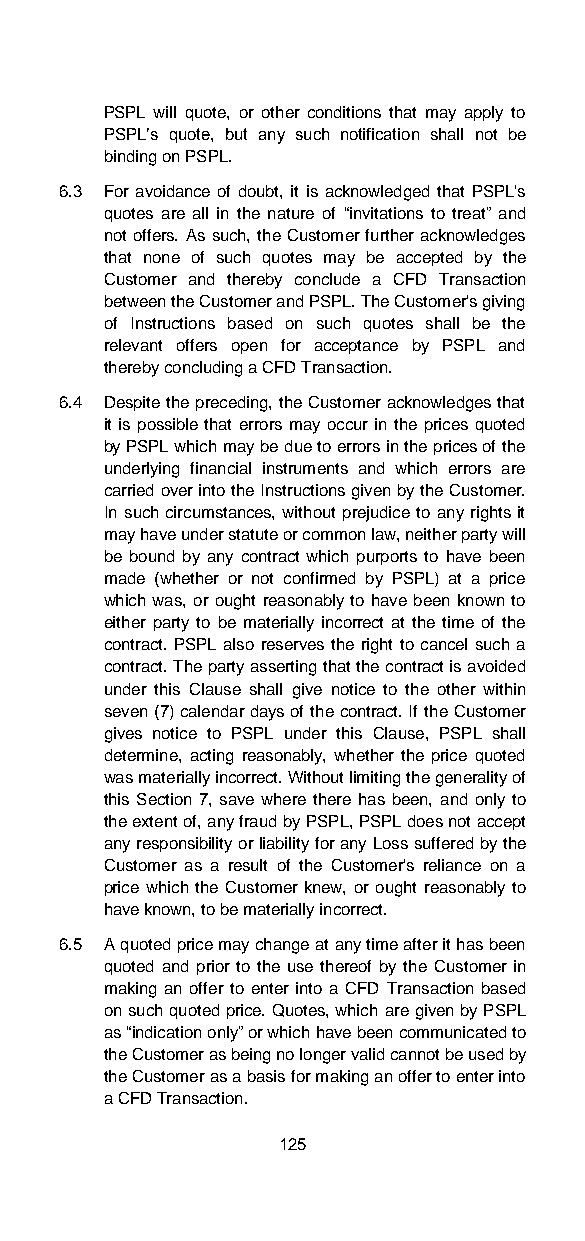
PSPL will quote, or other conditions that may apply to
 PSPL’s quote, but any such notification shall not be
 binding on PSPL.
 6.3 For avoidance of doubt, it is acknowledged that PSPL's
 quotes are all in the nature of “invitations to treat” and
 not offers. As such, the Customer further acknowledges
 that none of such quotes may be accepted by the
 Customer and thereby conclude a CFD Transaction
 between the Customer and PSPL. The Customer's giving
 of Instructions based on such quotes shall be the
 relevant offers open for acceptance by PSPL and
 thereby concluding a CFD Transaction.
 6.4 Despite the preceding, the Customer acknowledges that
 it is possible that errors may occur in the prices quoted
 by PSPL which may be due to errors in the prices of the
 underlying financial instruments and which errors are
 carried over into the Instructions given by the Customer.
 In such circumstances, without prejudice to any rights it
 may have under statute or common law, neither party will
 be bound by any contract which purports to have been
 made (whether or not confirmed by PSPL) at a price
 which was, or ought reasonably to have been known to
 either party to be materially incorrect at the time of the
 contract. PSPL also reserves the right to cancel such a
 contract. The party asserting that the contract is avoided
 under this Clause shall give notice to the other within
 seven (7) calendar days of the contract. If the Customer
 gives notice to PSPL under this Clause, PSPL shall
 determine, acting reasonably, whether the price quoted
 was materially incorrect. Without limiting the generality of
 this Section 7, save where there has been, and only to
 the extent of, any fraud by PSPL, PSPL does not accept
 any responsibility or liability for any Loss suffered by the
 Customer as a result of the Customer's reliance on a
 price which the Customer knew, or ought reasonably to
 have known, to be materially incorrect.
 6.5 A quoted price may change at any time after it has been
 quoted and prior to the use thereof by the Customer in
 making an offer to enter into a CFD Transaction based
 on such quoted price. Quotes, which are given by PSPL
 as “indication only” or which have been communicated to
 the Customer as being no longer valid cannot be used by
 the Customer as a basis for making an offer to enter into
 a CFD Transaction.
 125